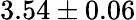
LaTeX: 3.54\pm 0.06